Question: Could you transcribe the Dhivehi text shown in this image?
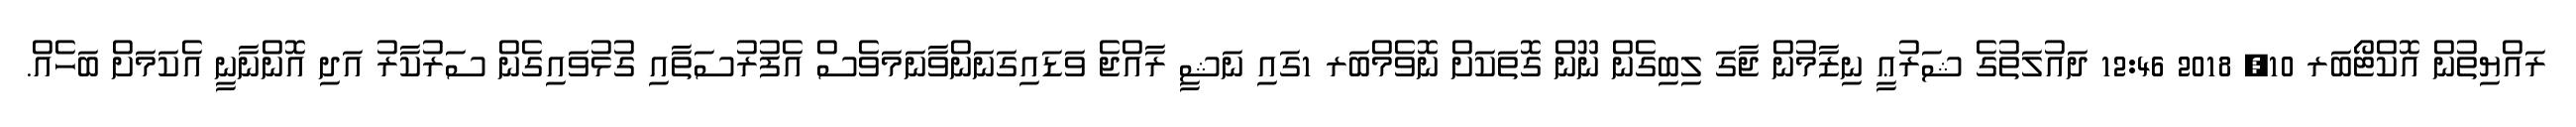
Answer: ރައްޔިތުން އޮކްޓޯބަރ 10, 2018 12:46 ދައުލަތުގެ ޝަރުޢީ ނިޒާމުން ޖާގަ ލިބިގެން ނޫން ގޮތަކަށް ނޮވެމްބަރ 1ގައި ނަޝީ ރާއްޖެ ވަޑައިގަނަންވާނަމަވެސް އެފުރުސަތާއި ގުޅުވައިގެން ސަރުކާރު އަދި އޮންނާނީ އެކަމަށް ބަހެއް.